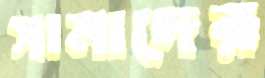
সামাদের